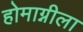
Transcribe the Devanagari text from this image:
होमाग्नीला